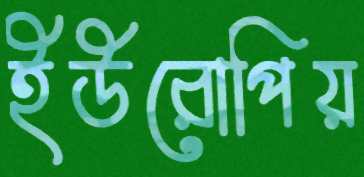
ইউরোপিয়